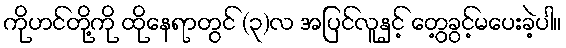
ကိုဟင်တို့ကို ထိုနေရာတွင် (၃)လ အပြင်လူနှင့် တွေ့ခွင့်မပေးခဲ့ပါ။